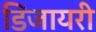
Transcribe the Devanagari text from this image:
डिजायरी